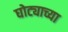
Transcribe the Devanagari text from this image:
घोट्याच्या